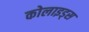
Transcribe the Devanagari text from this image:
कोलाइड्स